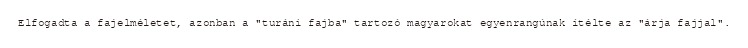
Elfogadta a fajelméletet, azonban a "turáni fajba" tartozó magyarokat egyenrangúnak ítélte az "árja fajjal".